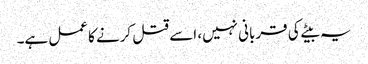
یہ بیٹے کی قربانی نہیں، اسے قتل کرنے کا عمل ہے۔